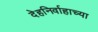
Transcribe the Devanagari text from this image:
देहनिर्वाहाच्या